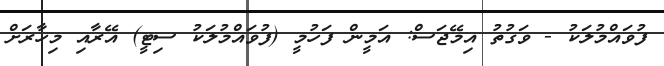
ފުވައްމުލަކު - ވަގުތު އިމޭޖަސް: އަމީން ފަހުމީ (ފުވައްމުލަކު ސިޓީ) އޭރާއި މިހާރަށް